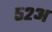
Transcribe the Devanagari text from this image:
५२अ